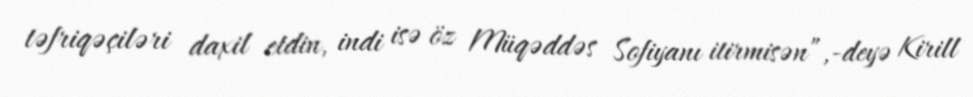
təfriqəçiləri daxil etdin, indi isə öz Müqəddəs Sofiyanı itirmisən”,-deyə Kirill